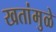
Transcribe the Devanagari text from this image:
खतांमुळे